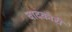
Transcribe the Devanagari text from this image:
वादकारी